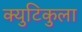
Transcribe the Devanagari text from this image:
क्युटिकुला